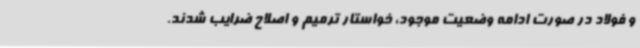
و فولاد در صورت ادامه وضعیت موجود، خواستار ترمیم و اصلاح ضرایب شدند.